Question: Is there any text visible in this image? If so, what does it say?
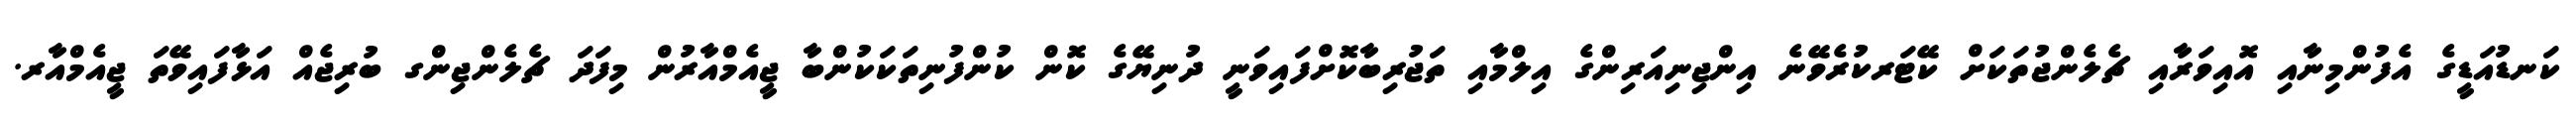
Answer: ކަނޑުއަޑީގެ އެފުންމިނާއި އޮއިވަރާއި ޗެލެންޖުތަކަށް ކޭޓަރކުރެވޭނެ އިންޖިނިއަރިންގެ އިލްމާއި ތަޖުރިބާކޮށްފައިވަނީ ދުނިޔޭގެ ކޮން ކުންފުނިތަކަކުންބާ ޖީއެމްއާރުން މިފަދަ ޗެލެންޖިންގ ބުރިޖެއް އަޅާފައިވޭތަ ޖީއެމްއާރ.